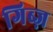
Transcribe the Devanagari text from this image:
गिब्ज़